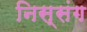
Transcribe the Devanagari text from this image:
निस्संग